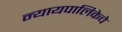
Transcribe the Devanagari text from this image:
न्यायपालिकेचे